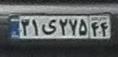
۳۱ی۲۷۵۴۴